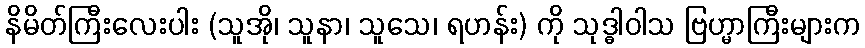
နိမိတ်ကြီးလေးပါး (သူအို၊ သူနာ၊ သူသေ၊ ရဟန်း) ကို သုဒ္ဓါဝါသ ဗြဟ္မာကြီးများက